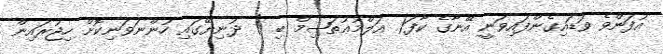
އުފަންވެ ވަޑައިގެންފައިވަނީ އޭނާގެ ކާފަ( އަލްމުޢުތަޞިމް ބި ) ދުނިޔޭގައި ހުންނަވަނިކޮށް ހިޖުރައިން